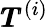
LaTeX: \pmb{T}^{(i)}